Vaccination in Bombay 1863-1868 - 1863-1868
Year: 1863
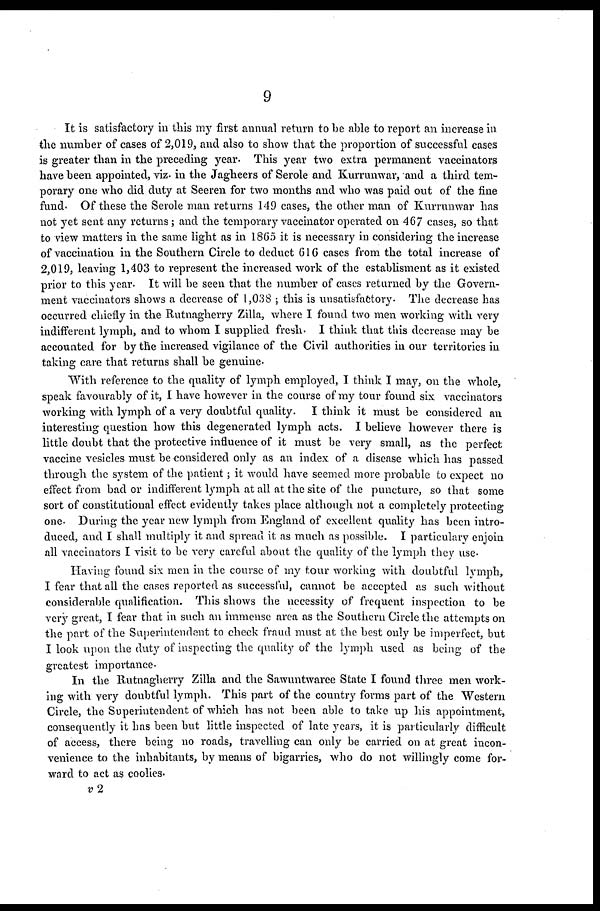
9
It is satisfactory in this my first annual return to be able to report an increase in
the number of cases of 2,019, and also to show that the proportion of successful cases
is greater than in the preceding year. This year two extra permanent vaccinators
have been appointed, viz. in the Jagheers of Serole and Kurrunwar, and a third tem-
porary one who did duty at Seeren for two months and who was paid out of the fine
fund. Of these the Serole man returns 149 cases, the other man of Kurrunwar has
not yet sent any returns; and the temporary vaccinator operated on 467 cases, so that
to view matters in the same light as in 1865 it is necessary in considering the increase
of vaccination in the Southern Circle to deduct 616 cases from the total increase of
2,019, leaving 1,403 to represent the increased work of the establisment as it existed
prior to this year. It will be seen that the number of cases returned by the Govern-
ment vaccinators shows a decrease of 1,038 ; this is unsatisfactory. The decrease has
occurred chiefly in the Rutnagherry Zilla, where I found two men working with very
indifferent lymph, and to whom I supplied fresh. I think that this decrease may be
accounted for by the increased vigilance of the Civil authorities in our territories in
taking care that returns shall be genuine.
With reference to the quality of lymph employed, I think I may, on the whole,
speak favourably of it, I have however in the course of my tour found six vaccinators
working with lymph of a very doubtful quality. I think it must be considered an
interesting question how this degenerated lymph acts. I believe however there is
little doubt that the protective influence of it must be very small, as the perfect
vaccine vesicles must be considered only as an index of a disease which has passed
through the system of the patient; it would have seemed more probable to expect no
effect from bad or indifferent lymph at all at the site of the puncture, so that some
sort of constitutional effect evidently takes place although not a completely protecting
one. During the year new lymph from England of excellent quality has been intro-
duced, and I shall multiply it and spread it as much as possible. I particulary enjoin
all vaccinators I visit to be very careful about the quality of the lymph they use.
Having found six men in the course of my tour working with doubtful lymph,
I fear that all the cases reported as successful, cannot be accepted as such without
considerable qualification. This shows the necessity of frequent inspection to be
very great, I fear that in such an immense area as the Southern Circle the attempts on
the part of the Superintendent to check fraud must at the best only be imperfect, but
I look upon the duty of inspecting the quality of the lymph used as being of the
greatest importance.
In the Rutnagherry Zilla and the Sawuntwaree State I found three men work-
ing with very doubtful lymph. This part of the country forms part of the Western
Circle, the Superintendent of which has not been able to take up his appointment,
consequently it has been but little inspected of late years, it is particularly difficult
of access, there being no roads, travelling can only be carried on at great incon-
venience to the inhabitants, by means of bigarries, who do not willingly come for-
ward to act as coolies.
v 2